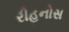
રીહનોસ